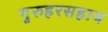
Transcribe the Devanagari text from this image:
गुरुहरसहाय